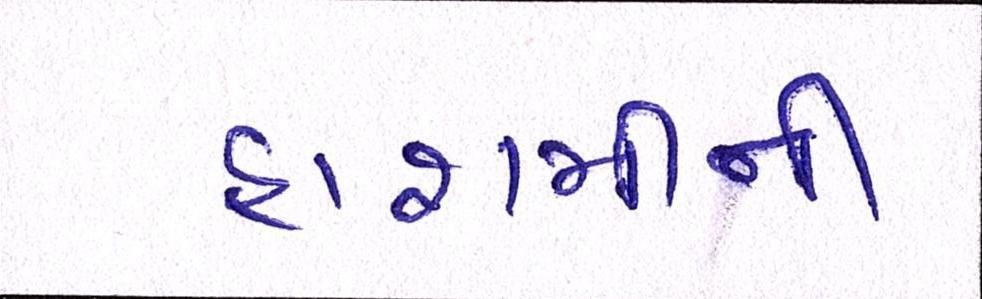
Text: હાશમીની